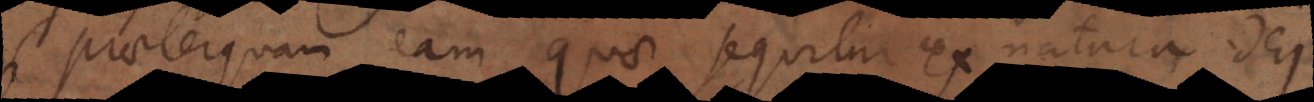
(praeterquam eam quae sequitur ex natura Dei)